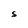
Character: S